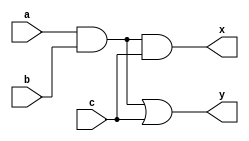
module check_logic_sharing (input a , input b , input c , output x , output y);

assign x = a & b & c;
assign y = (a & b) | c;

endmodule